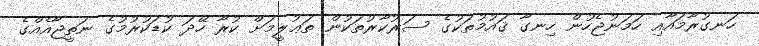
ހަނގުރާމައާއި ހަމަނުޖެހުން ހިނގާ ޤައުމުތަކުގެ ސަރުކާރުތަކުން ތަޢުލީމަށް ކުރާ ހޭދަ ކުޑަކުރުމުގެ ނަތީޖާއެއްގެ